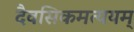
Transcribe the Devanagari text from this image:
दैवसिकमत्ययम्‌